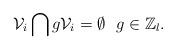
LaTeX: \begin{align*}\mathcal{V}_i \bigcap g \mathcal{V}_i = \emptyset \ \ g \in \mathbb{Z}_l.\end{align*}